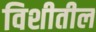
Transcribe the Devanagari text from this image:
विशीतील